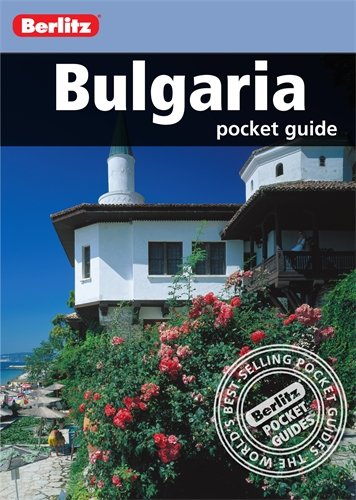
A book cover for Bulgaria. (Berlitz Pocket Guides); Travel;